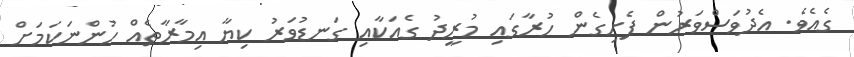
ގެއެވެ. އެދުވަސްވަރުން ފެށިގެން ހުރާގައި މުރީދު ގެއަކާއި ގަނޑުވަރު ކިޔާ އިމާރާތެއް ހުންނަކަމަށް